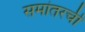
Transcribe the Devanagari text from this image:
समांतरची